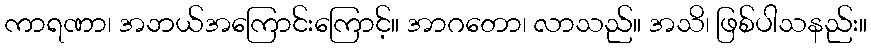
ကာရဏာ၊ အဘယ်အကြောင်းကြောင့်။ အာဂတော၊ လာသည်။ အသိ၊ ဖြစ်ပါသနည်း။